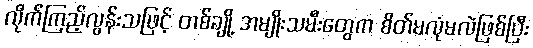
လိုက်ကြည့်လွန်းသဖြင့် တစ်ချို့ အမျိုးသမီးတွေက စိတ်မလုံမလဲဖြစ်ပြီး